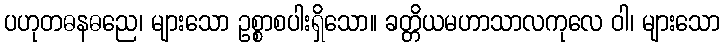
ပဟုတဓနဓညေ၊ များသော ဥစ္စာစပါးရှိသော။ ခတ္တိယမဟာသာလကုလေ ဝါ၊ များသော